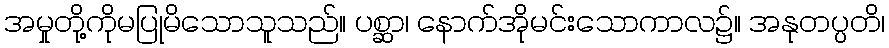
အမှုတို့ကိုမပြုမိသောသူသည်။ ပစ္ဆာ၊ နောက်အိုမင်းသောကာလ၌။ အနုတပ္ပတိ၊